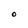
Character: O